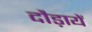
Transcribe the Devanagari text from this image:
दौड़ायें